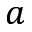
a